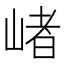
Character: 𡺐